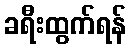
ခရီးထွက်ရန်